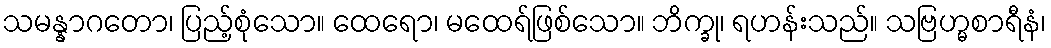
သမန္နာဂတော၊ ပြည့်စုံသော။ ထေရော၊ မထေရ်ဖြစ်သော။ ဘိက္ခု၊ ရဟန်းသည်။ သဗြဟ္မစာရီနံ၊